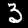
Digit: 3